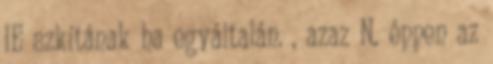
IE szkítának ha egyáltalán. , azaz N. éppen az